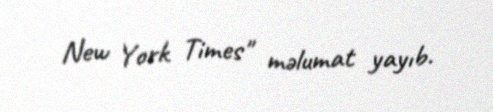
New York Times" məlumat yayıb.